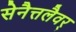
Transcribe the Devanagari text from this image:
सेनैत्तलैवर्